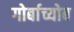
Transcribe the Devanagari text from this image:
गोर्बाच्योब